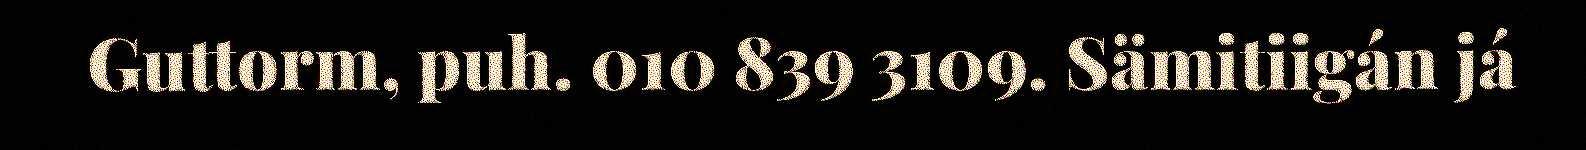
Guttorm, puh. 010 839 3109. Sämitiigán já